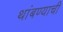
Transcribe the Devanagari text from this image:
थांबण्याची